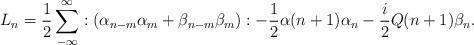
LaTeX: \begin{align*}L_{n} = \frac{1}{2} \sum _{-\infty}^{\infty} :(\alpha _{n-m} \alpha _{m}+\beta _{n-m} \beta _{m}): -\frac{1}{2}\alpha (n+1)\alpha _{n}-\frac{i}{2}Q(n+1)\beta _{n}.\end{align*}